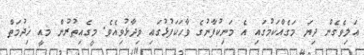
އަލިވެގެން ދިޔަ މަގެއްކަމުގައި އެ މަނިކުފާނުގެ ވާހަކަފުޅުގައި ވިދާޅުވިއެވެ. މީގެއިތުރުން މއީ ޚިދުމަތް